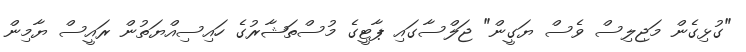
"ގުޅިގެން މަޖިލިސް ވެސް ޔަގީން" ޖަލްސާގައި ޕާޓީގެ މުސްތަޝާރުގެ ހައިސިއްޔަތުން ރައީސް ޔާމިން